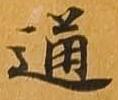
通